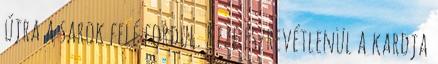
újra a sarok felé fordul. Keze észrevétlenül a kardja